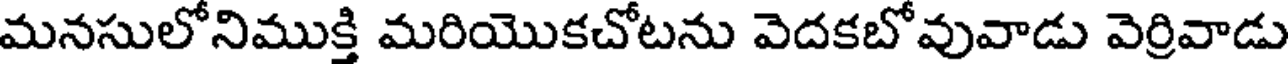
మనసులోనిముక్తి మరియొకచోటను వెదకబోవువాడు వెర్రివాడు